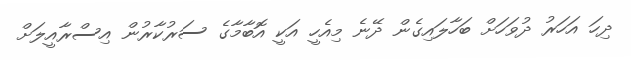
ދިހަ އަހަރު ދުވަހަށް ބަހާލައިގެން ދޭނެ މިއެހީ އަކީ އޮބާމާގެ ސަރުކާރުން އިސްރާއީލަށް